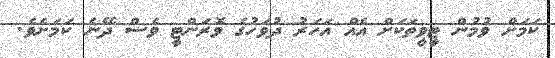
ކަމަށް ވުމުން ޓީވީތަކަށް އެއް އަހަރު ދުވަހުގެ ވޮރަންޓީ ވެސް ދޭނެ ކަމަށެވެ.